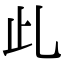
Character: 𣥃